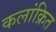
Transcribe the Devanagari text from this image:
कलांक्रित